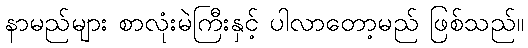
နာမည်များ စာလုံးမဲကြီးနှင့် ပါလာတော့မည် ဖြစ်သည်။